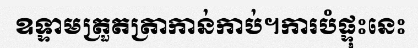
ឧទ្ទាមត្រួតត្រាកាន់កាប់។ការបំផ្ទុះនេះ